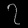
Digit: ၇